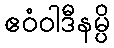
ဧဝံဝါဒီနမ္ပိ